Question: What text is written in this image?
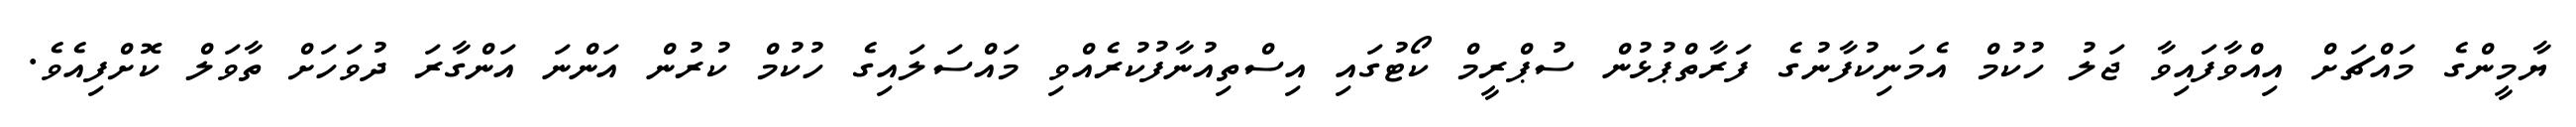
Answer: ޔާމީންގެ މައްޗަށް އިއްވާފައިވާ ޖަލު ހުކުމް އެމަނިކުފާނުގެ ފަރާތްޕުޅުން ސުޕްރީމް ކޯޓުގައި އިސްތިއުނާފުކުރެއްވި މައްސަލައިގެ ހުކުމް ކުރުން އަންނަ އަންގާރަ ދުވަހަށް ތާވަލް ކޮށްފިއެވެ.